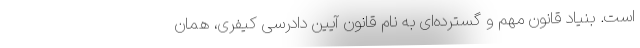
است. بنیاد قانون مهم و گسترده‌ای به نام قانون آیین دادرسی کیفری، همان